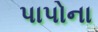
પાપોના